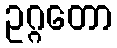
ဥဂ္ဂတော